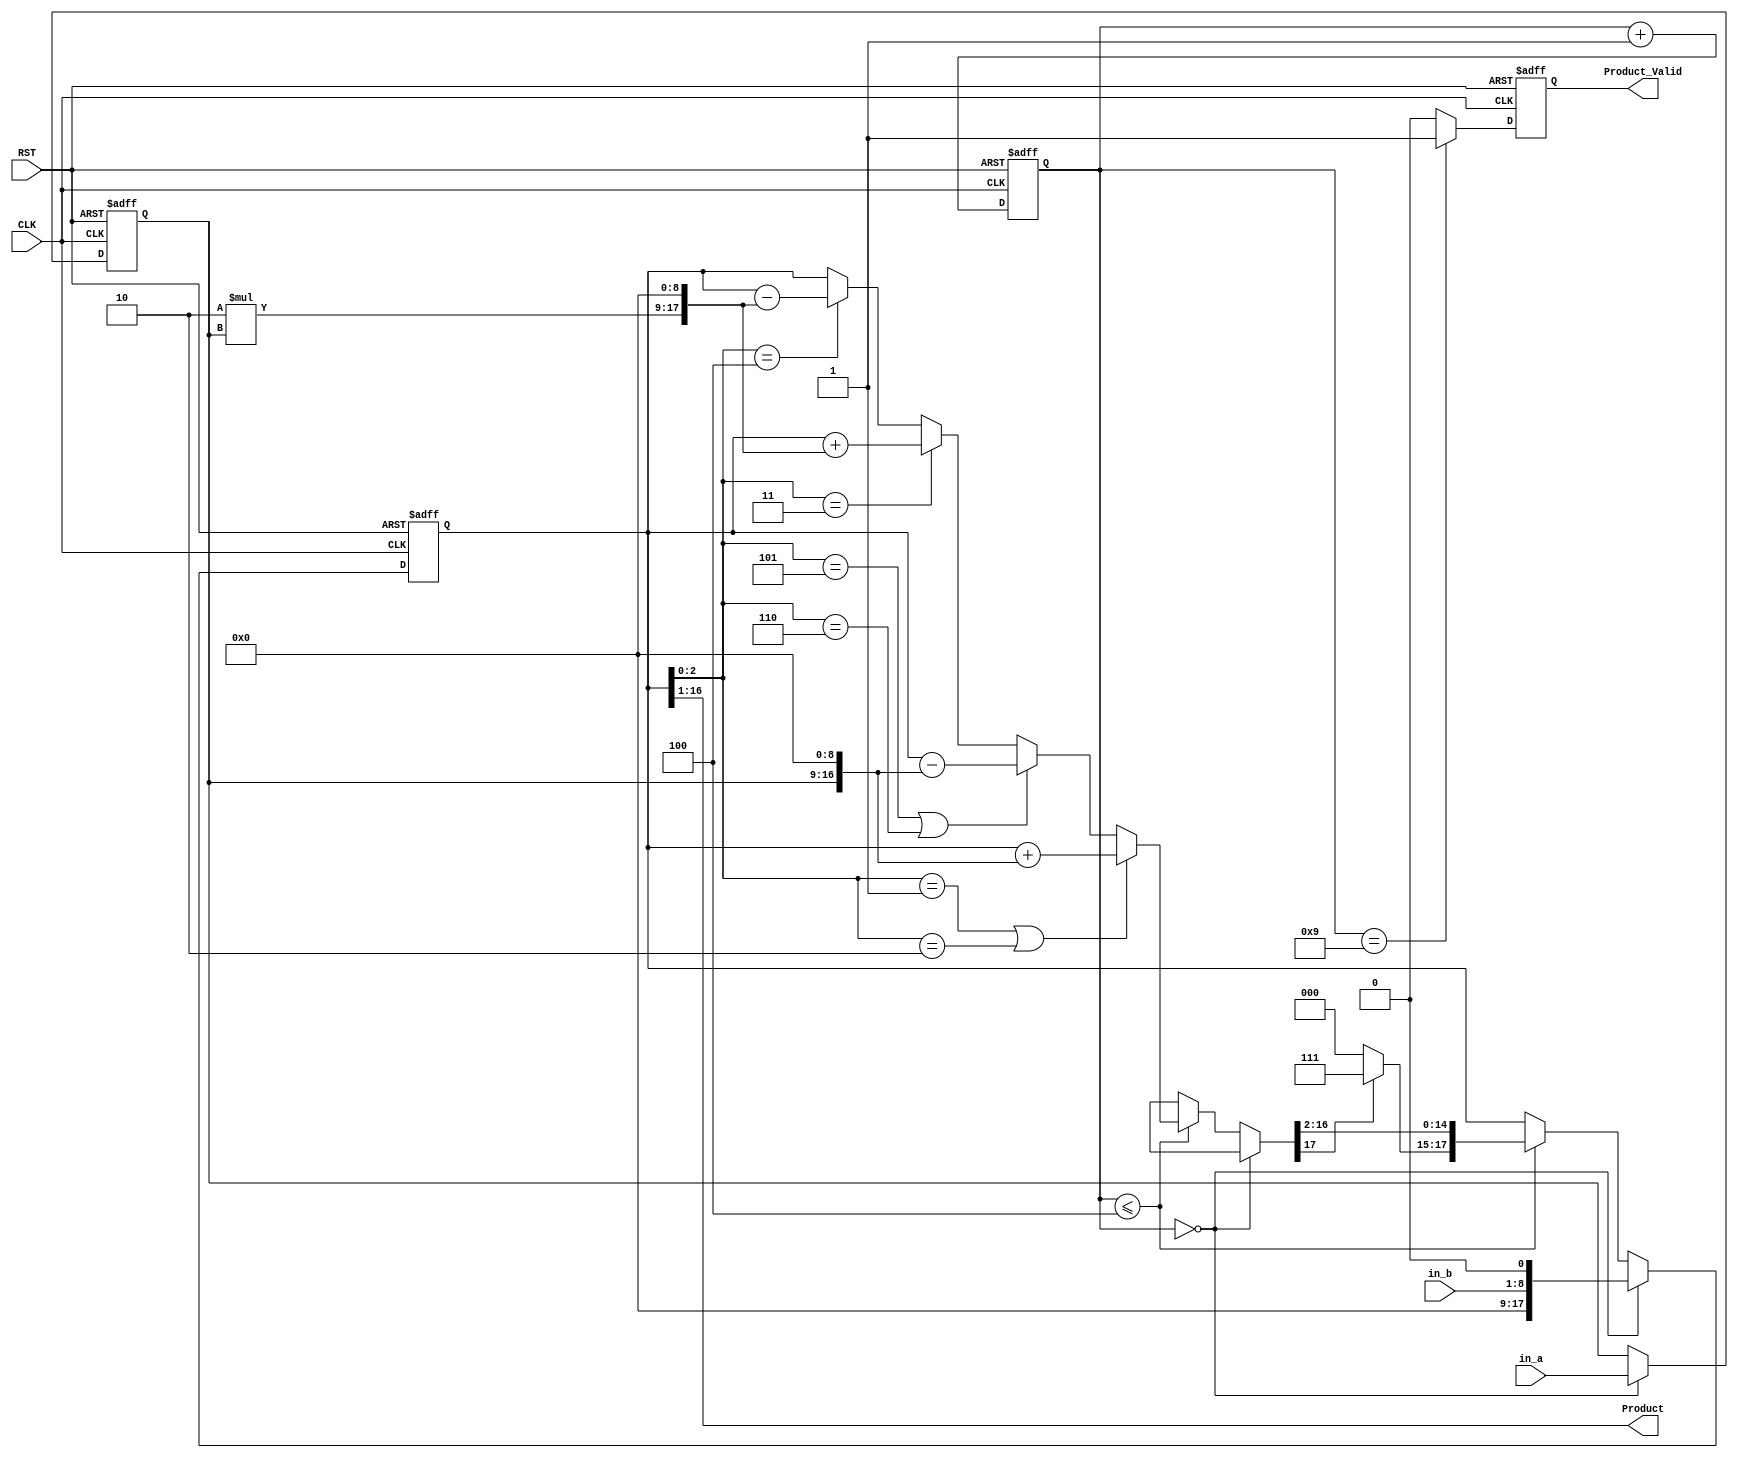
//(1ns)(1ps)
`timescale 1ns/1ps

//module,
module lab9_hw_RBM(
	CLK, 
	RST, 
	in_a, 
	in_b, 
	Product, 
	Product_Valid
);
// in_a * in_b = Product
// in_a is Multiplicand , in_b is Multiplier
					
//port, input, output
input 		CLK, RST;
input 	[7:0]	in_a;			// Multiplicand
input 	[7:0]	in_b;			// Multiplier
output 	[15:0]  Product;
output  	Product_Valid;

reg 	[7:0]	Mplicand;		//
reg 	[7:0]	Mplier;			//
reg 	[17:0]	MU_Product;
reg 		Product_Valid;
reg 	[5:0]	Counter ;
reg		sign;			// (signed)
reg	[8:0]	tmp;

assign Product = MU_Product[16:1];

//Counter
always @(posedge CLK or posedge RST)
begin
	if(RST)
		Counter <= 6'b0;
	else
		Counter <= Counter + 6'b1;

end

//Product
always @(posedge CLK or posedge RST)
begin
	//
	if(RST) begin
		MU_Product  <= 18'b0;
		Mplicand <= 8'b0;
		Mplier   <= 8'b0;		
	end 
	//
	else if(Counter == 6'd0) begin
		MU_Product	 	<= {9'b0,in_b,1'b0};
		Mplicand 	<= in_a;
		Mplier	 	<= in_b;		
	end 
	//
	else if(Counter <=6'd4) begin

	if(MU_Product[2:0] == 3'b001 || MU_Product[2:0] == 3'b010) begin
		MU_Product = MU_Product + {Mplicand,9'b0};
	end
        else if(MU_Product[2:0] == 3'b101 || MU_Product[2:0] == 3'b110) begin
		MU_Product = MU_Product - {Mplicand,9'b0};
	end
        else if(MU_Product[2:0] == 3'b011) begin
		tmp[8:0] = 2*Mplicand[7:0];
            	MU_Product = MU_Product + {tmp,9'b0};
        end
        else if(MU_Product[2:0] == 3'b100) begin
		tmp[8:0] = 2*Mplicand[7:0];
            	MU_Product = MU_Product - {tmp,9'b0};
        end

        //$display ("Product1 = %b_%b",MU_Product[16:9],MU_Product[8:0]);
	if(MU_Product[17] == 1'b1) begin
            MU_Product = {2'b0,MU_Product[17:2]};
            MU_Product[17:15] = 3'b111;
        end
	else 
	    MU_Product = {2'b0,MU_Product[17:2]};
	//$display ("Product2 = %b_%b",MU_Product[16:9],MU_Product[8:0]);
        //$display ("in_a = %b ; in_b = %b",in_a,in_b);
		
	end 
	else begin
		MU_Product 	<= MU_Product;
		Mplicand	<= Mplicand;
		Mplier 		<= Mplier;
	end
end

//Product_Valid
always @(posedge CLK or posedge RST)
begin
	if(RST)
		Product_Valid <=1'b0;
	else if(Counter==6'd9)
		Product_Valid <=1'b1;
	else
		Product_Valid <=1'b0;
end

endmodule